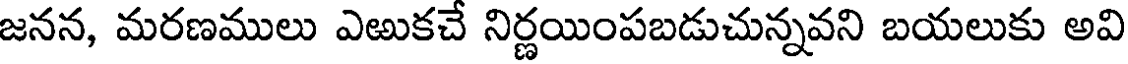
జనన, మరణములు ఎఱుకచే నిర్ణయింపబడుచున్నవని బయలుకు అవి